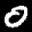
Label: 0